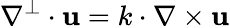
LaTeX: \nabla^{\perp}\cdot\mathbf{u}=k\cdot\nabla\times\mathbf{u}